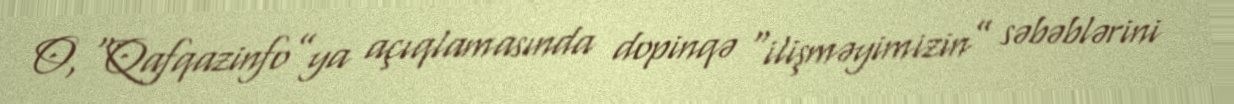
O, “Qafqazinfo”ya açıqlamasında dopinqə “ilişməyimizin” səbəblərini